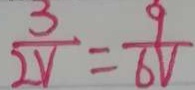
\frac { 3 } { 2 V } = \frac { 9 } { 6 V }